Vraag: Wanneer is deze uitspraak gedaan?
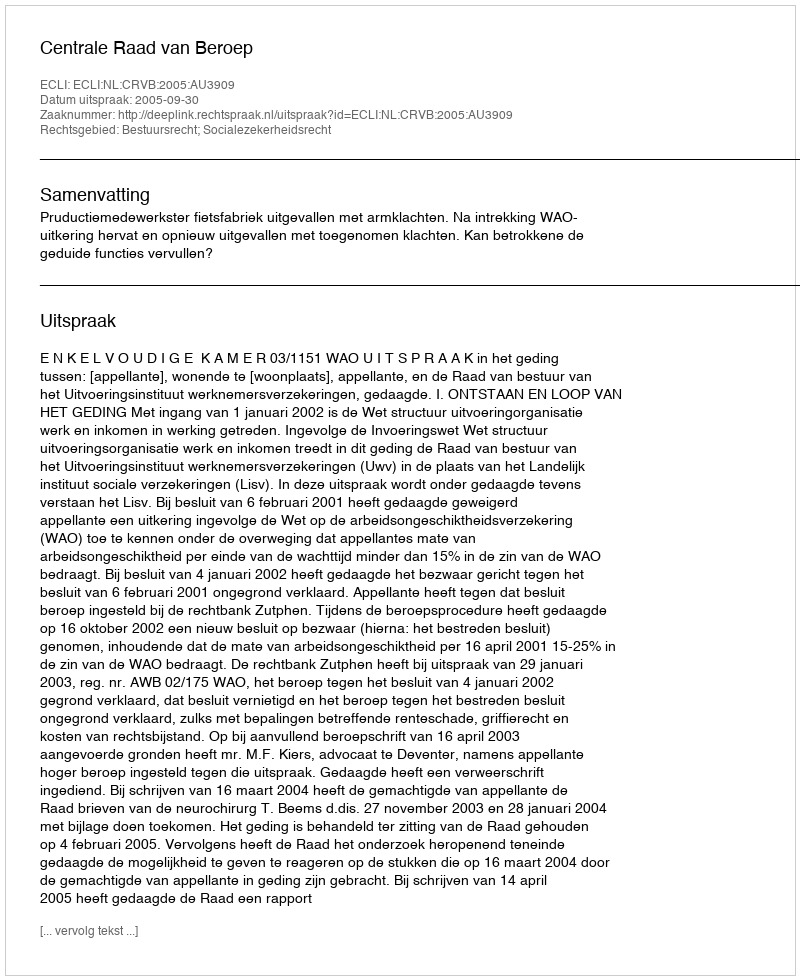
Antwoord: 2005-09-30